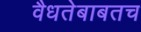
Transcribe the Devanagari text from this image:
वैधतेबाबतच